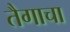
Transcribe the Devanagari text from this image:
तैगाचा